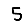
Digit: 5